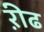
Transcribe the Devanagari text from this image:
ऱीढ